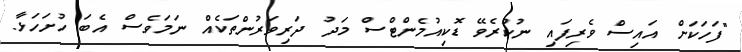
"ފަހަކަށް އައިސް ވެރިފައި ނުކުރެވޭ ޑޮކިއުމެންޓްސް މަދު ދަރިވަރުންތަކެއް ނަމަވެސް އެބަ ހުށަހަޅާ.